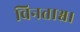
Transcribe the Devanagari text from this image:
विनताश्व।